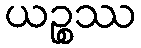
ယဉ္စဿ